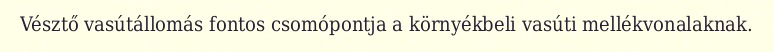
Vésztő vasútállomás fontos csomópontja a környékbeli vasúti mellékvonalaknak.